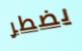
يضطر